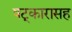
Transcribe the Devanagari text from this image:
षट्‍कारासह